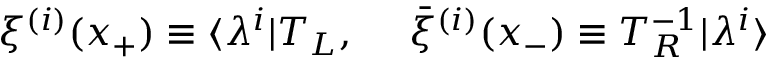
\xi ^ { ( i ) } ( x _ { + } ) \equiv \langle \lambda ^ { i } | T _ { L } , { } ~ ~ ~ ~ \bar { \xi } ^ { ( i ) } ( x _ { - } ) \equiv T _ { R } ^ { - 1 } | \lambda ^ { i } \rangle